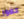
حضور